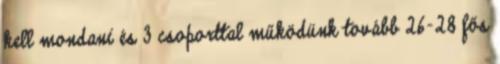
kell mondani és 3 csoporttal működünk tovább 26-28 fős